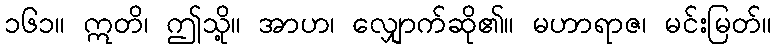
၁၆၁။ ဣတိ၊ ဤသို့။ အာဟ၊ လျှောက်ဆို၏။ မဟာရာဇ၊ မင်းမြတ်။